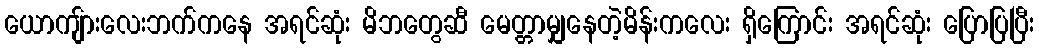
ယောကျ်ားလေးဘက်ကနေ အရင်ဆုံး မိဘတွေဆီ မေတ္တာမျှနေတဲ့မိန်းကလေး ရှိကြောင်း အရင်ဆုံး ပြောပြပြီး